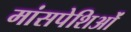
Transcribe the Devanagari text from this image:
मांसपेशिओं